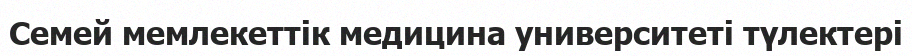
Семей мемлекеттік медицина университеті түлектері